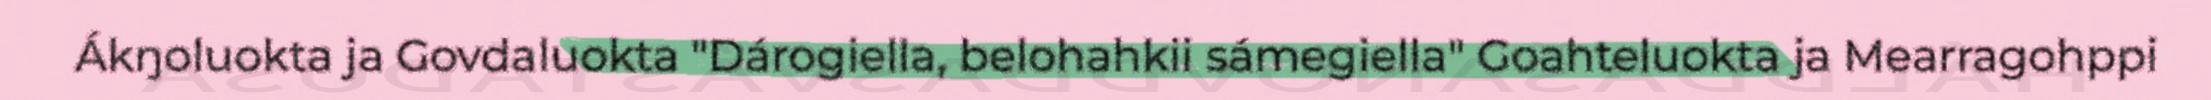
Ákŋoluokta ja Govdaluokta "Dárogiella, belohahkii sámegiella" Goahteluokta ja Mearragohppi